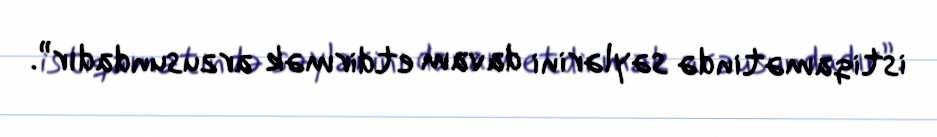
istiqamətində səylərini davam etdirmək arzusundadır”.